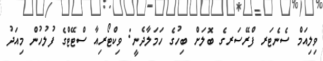
ވިލިއަމް ސެނެޓަރ ފްރޭސަރގެ ބޮލަށް ބިހުގެ ހަމަލާދެނީ: ވިކްޓޯރިއާ ސްޓޭޓްގެ ފުލުހުން މިއަދު